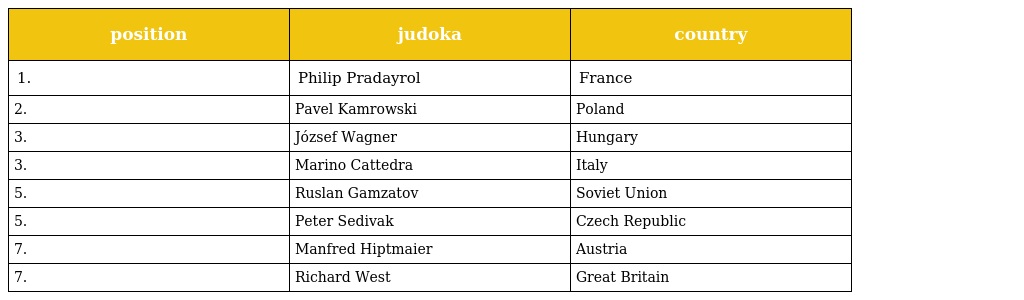
| position | judoka | country |
 | --- | --- | --- |
 | 1. | Philip Pradayrol | France |
 | 2. | Pavel Kamrowski | Poland |
 | 3. | József Wagner | Hungary |
 | 3. | Marino Cattedra | Italy |
 | 5. | Ruslan Gamzatov | Soviet Union |
 | 5. | Peter Sedivak | Czech Republic |
 | 7. | Manfred Hiptmaier | Austria |
 | 7. | Richard West | Great Britain |